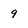
Character: 9